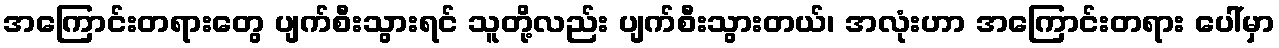
အကြောင်းတရားတွေ ပျက်စီးသွားရင် သူတို့လည်း ပျက်စီးသွားတယ်၊ အလုံးဟာ အကြောင်းတရား ပေါ်မှာ